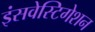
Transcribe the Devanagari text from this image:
इंसवेस्टिगेशन